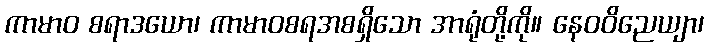
ကာမာဝ စရာဒယော၊ ကာမာဝစရအစရှိသော အာရုံတို့ကို။ နေဝဝိညေယျာ၊